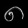
Digit: ၈